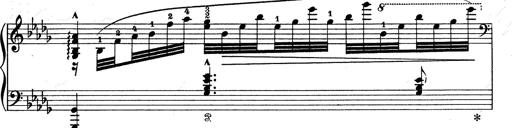
Title: Walhall aus Der Ring des Nibelungen
Composer: Franz Liszt